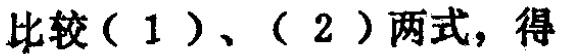
比较（1）、（2）两式，得